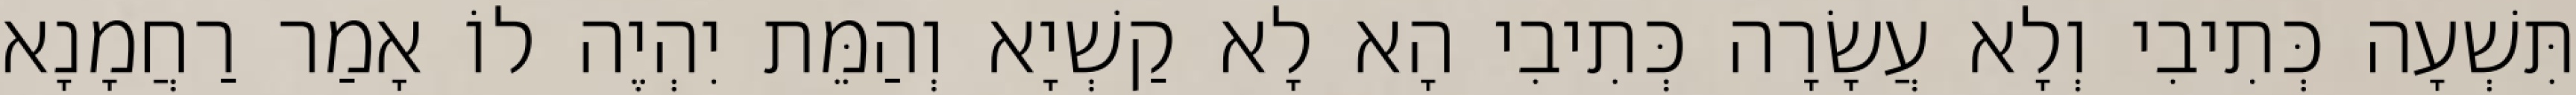
תִּשְׁעָה כְּתִיבִי וְלָא עֲשָׂרָה כְּתִיבִי הָא לָא קַשְׁיָא וְהַמֵּת יִהְיֶה לוֹ אָמַר רַחֲמָנָא